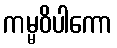
ကမ္မဝိပါကော